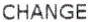
CHANGE